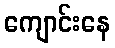
ကျောင်းနေ